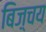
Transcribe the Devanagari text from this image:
बिज़्चय